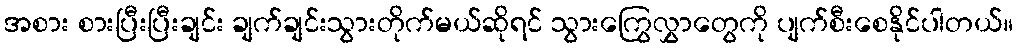
အစား စားပြီးပြီးချင်း ချက်ချင်းသွားတိုက်မယ်ဆိုရင် သွားကြွေလွှာတွေကို ပျက်စီးစေနိုင်ပါတယ်။